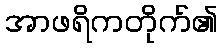
အာဖရိကတိုက်၏